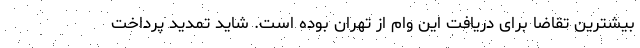
بیشترین تقاضا برای دریافت این وام از تهران بوده است. شاید تمدید پرداخت